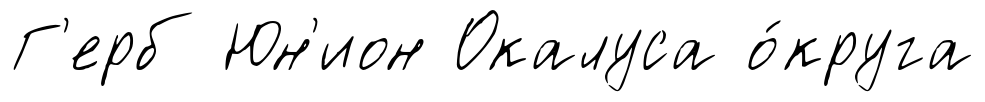
Г'ерб Юн'ион Окалуса о́круга